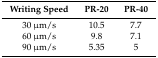
| Writing Speed | PR-20 | PR-40 |
 | --- | --- | --- |
 | 30 μm/s | 10.5 | 7.7 |
 | 60 μm/s | 9.8 | 7.1 |
 | 90 μm/s | 5.35 | 5 |